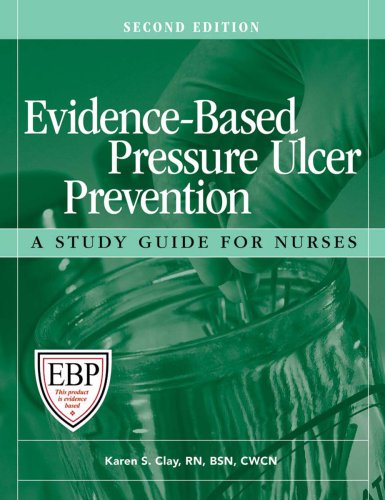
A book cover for Evidence-Based Pressure Ulcer Prevention, Second Edition: A Study Guide for Nurses; HCPro; Health, Fitness & Dieting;